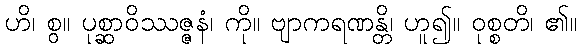
ဟိ၊ စွ။ ပုစ္ဆာဝိဿဇ္ဇနံ၊ ကို။ ဗျာကရဏန္တိ၊ ဟူ၍။ ဝုစ္စတိ၊ ၏။